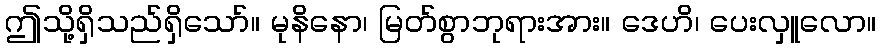
ဤသို့ရှိသည်ရှိသော်။ မုနိနော၊ မြတ်စွာဘုရားအား။ ဒေဟိ၊ ပေးလှူလော။